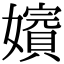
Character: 𡣑